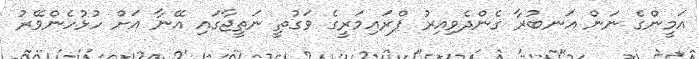
އަމީންގެ ނަން އަނބުރާ ގެންދެވިއިރު ޕްރައިމަރީގެ ވަގުތީ ނަތީޖާގައި އޭނާ އަށް ހުޅުހެންވޭރު